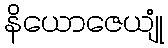
နိယောဇေယျုံ